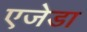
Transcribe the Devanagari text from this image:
एजेडा